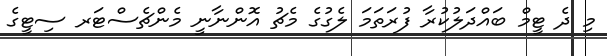
މި ދެ ޓީމް ބައްދަލުކުރާ ފުރަތަމަ ލެގުގެ މެޗު އޮންނާނީ މެންޗެސްޓަރ ސިޓީގެ